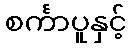
စင်္ကာပူနှင့်